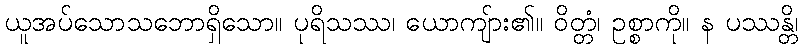
ယူအပ်သောသဘောရှိသော။ ပုရိသဿ၊ ယောကျ်ား၏။ ဝိတ္တံ၊ ဥစ္စာကို။ န ပဿန္တိ၊